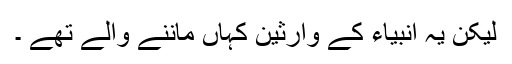
لیکن یہ انبیاء کے وارثین کہاں ماننے والے تھے ۔